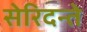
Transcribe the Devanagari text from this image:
सेरिदन्ते